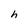
Character: h